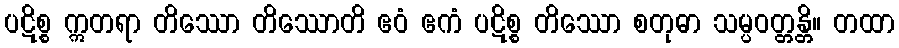
ပဋိစ္စ ဣတရာ တိဿော တိဿောတိ ဧဝံ ဧကံ ပဋိစ္စ တိဿော စတုဓာ သမ္ပဝတ္တန္တိ။ တထာ